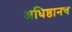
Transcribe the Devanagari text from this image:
अधिष्ठानच